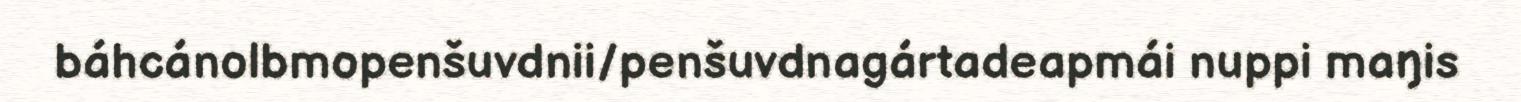
báhcánolbmopenšuvdnii/penšuvdnagártadeapmái nuppi maŋis